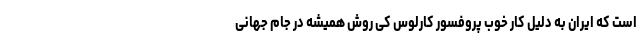
است که ایران به دلیل کار خوب پروفسور کارلوس کی روش همیشه در جام جهانی